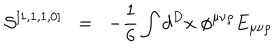
{ \cal { S } } ^ { [ 1 , 1 , 1 , 0 ] } \; \; = \; \; - \frac { 1 } { 6 } \int d ^ { D } x \; \phi ^ { \mu \nu \rho } E _ { \mu \nu \rho }